Annual report on the Civil Veterinary Department, Burma (including the Insein Veterinary School) - 1932-1941
Year: 1932
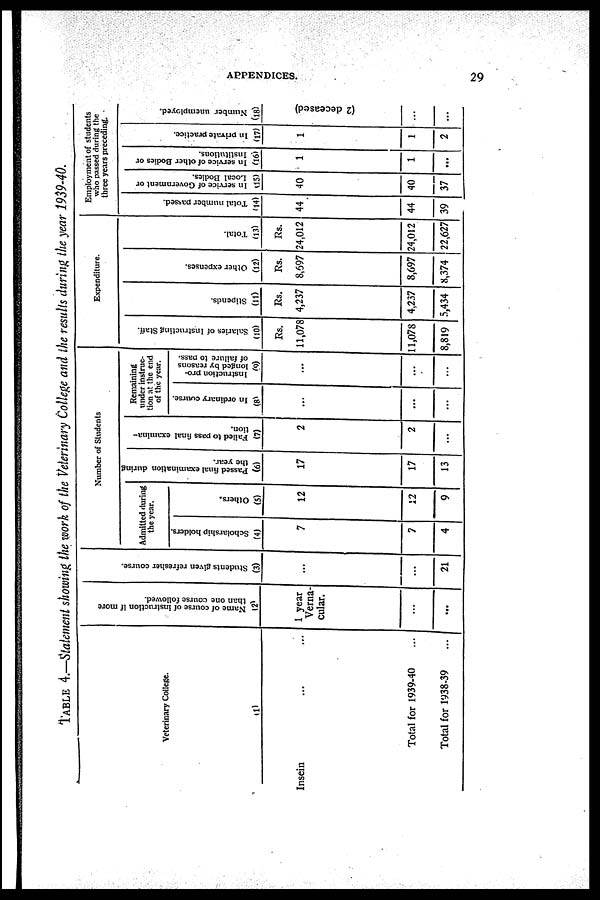
APPENDICES.
29
TABLE 4.—Statement showing the work of the Veterinary College and the results during the year 1939-40.
Veterinary College.
(1)
Insein ... ...
Total for 1939-40 ...
Total for 1938-39
...
Name of course of Instruction if more
than one course followed.
(2)
1 year
Verna-
cular.
...
...
Students given refresher course.
(3)
...
...
21
Number of Students
Admitted during
the year.
Scholarship holders.
(4)
7
7
4
Others.
(5)
12
12
9
Passed final examination during
the year.
(6)
17
17
13
Failed to pass final examina-
tion.
(7)
2
2
...
Remaining
tinder instruc-
tion at the end
of the year.
In ordinary course.
(8)
...
...
...
Instruction pro-
longed by reasons
of failure to pass.
(9)
...
...
...
Expenditure.
Salaries of Instructing Staff.
(10)
Rs.
11,078
11,078
8,819
Stipends.
(11)
Rs.
4,237
4,237
5,434
Other expenses.
(12)
Rs.
8,697
8,697
8,374
Total.
(13)
Rs.
24,012
24,012
22,627
Employment of students
who passed during the
three years preceding.
Total number parsed.
(14)
44
44
39
In service of Government or
Local Bodies.
(15)
40
40
37
In service of other Bodies or
Institutions.
(16)
1
1
...
In private practice.
(17)
1
1
2
Number unemployed.
(18)
...
(2 deceased)
...
...